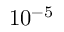
1 0 ^ { - 5 }